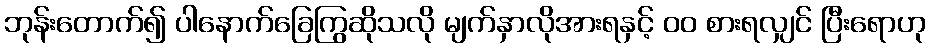
ဘုန်းတောက်၍ ပါနောက်ခြေကြွဆိုသလို မျက်နှာလိုအားရနှင့် ၀၀ စားရလျှင် ပြီးရောဟု